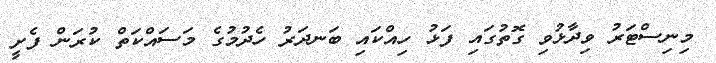
މިނިސްޓަރު ވިދާޅުވި ގޮތުގައި ފަޅު ހިއްކައި ބަނދަރު ހެދުމުގެ މަސައްކަތް ކުރަން ފެށީ